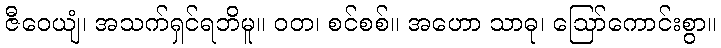
ဇီဝေယျံ၊ အသက်ရှင်ရဘိမူ။ ဝတ၊ စင်စစ်။ အဟော သာဓု၊ ဩော်ကောင်းစွာ။